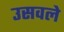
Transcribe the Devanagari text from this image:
उसवले